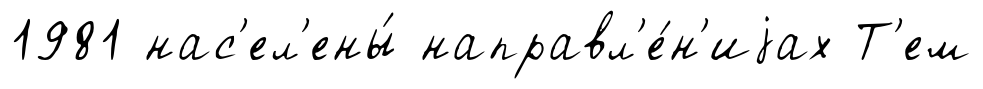
1981 нас'ел'ены́ направл'е́н'иjах Т'ем